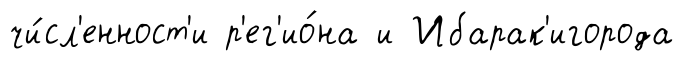
чи́сл'енност'и р'ег'ио́на и Ибарак'игорода